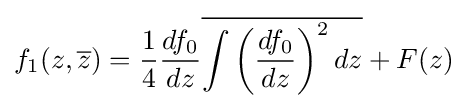
f_{1}(z,{\overline {z}})={\frac {1}{4}}{\frac {df_{0}}{dz}}{\overline {\int \left({\frac {df_{0}}{dz}}\right)^{2}dz}}+F(z)